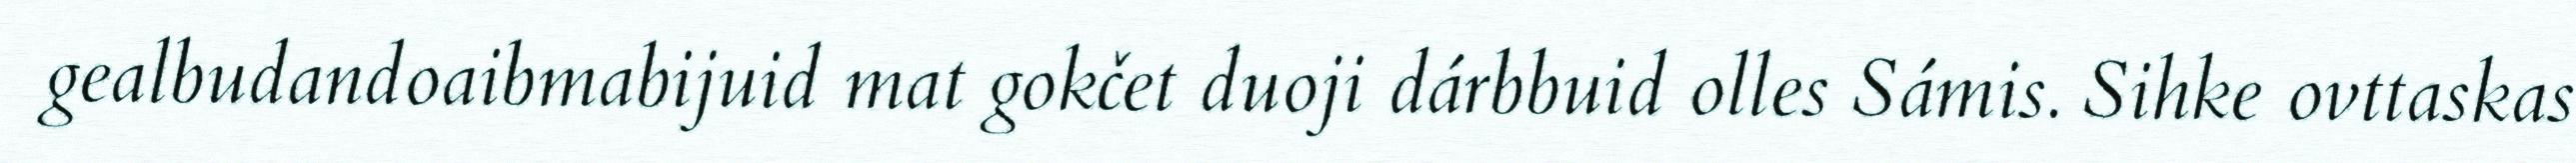
gealbudandoaibmabijuid mat gokčet duoji dárbbuid olles Sámis. Sihke ovttaskas